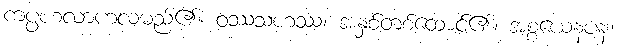
ကပ္ပဟလာဟလမည်၏။ ဝဿသဟဿ၊ အနှစ်တစ်ထောင်၏။ အစ္စယေနပန၊